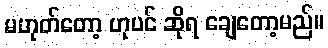
မဟုတ်တော့ ဟုပင် ဆိုရ ချေတော့မည်။